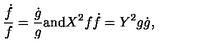
\frac { \dot { f } } { f } = \frac { \dot { g } } { g } { \mathrm { a n d } } X ^ { 2 } f \dot { f } = Y ^ { 2 } g \dot { g } ,